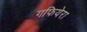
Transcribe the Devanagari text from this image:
गफियेरा